Madras plague regulations in force outside the Presidency town - Volume 5
Disease focus: Plague
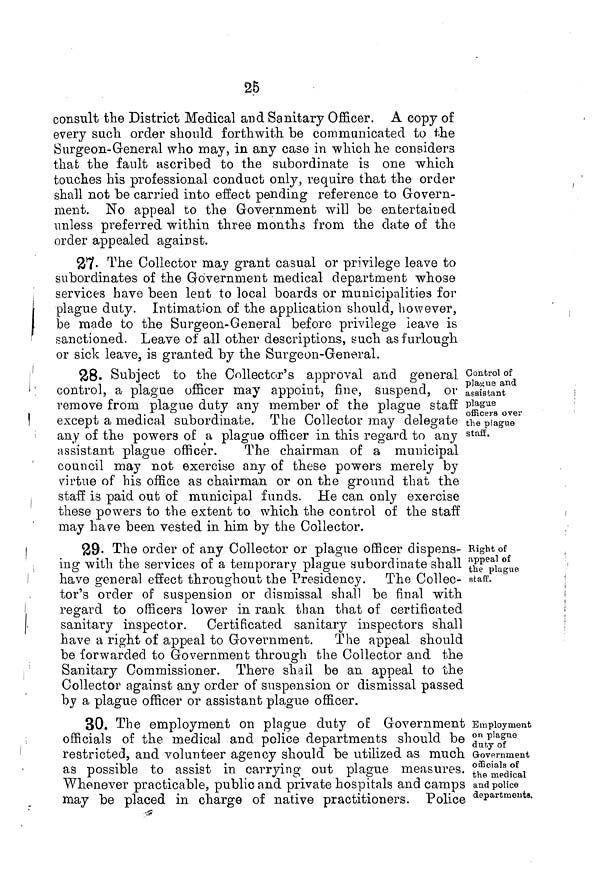
06
consult the District Medical and Sanitary Officer. A copy of
every such, order should forthwith, be communicated to the
Surgeon-General who may, in any case in which he considers
that the fault ascribed to the subordinate is one which
touches his professional conduct only, require that the order
shall not be carried into effect pending reference to Govern-
ment. No appeal to the Government will be entertained
unless preferred within three months from the date of the
order appealed against.
87- The Collector may grant casual or privilege leave to
subordinates of the Government medical department whose
services have been lent to local boards or municipalities for
plague duty. Intimation of the application should, however,
be made to the Surgeon-General before privilege leave is
sanctioned. Leave of all other descriptions, such as furlough
or sick leave, is granted by the Surgeon-General.
Control of
plague and
assistant
plague
officers over
the plague
staff.
28. Subject to the Collector's approval and general
control, a plague officer may appoint, fine, suspend, or
remove from plague duty any member of the plague staff
except a medical subordinate. The Collector may delegate
any of the powers of a plague officer in this regard to any
assistant plague officer.
The chairman of a municipal
council may not exercise any of these powers merely by
virtue of his office as chairman or on the ground that the
staff is paid out of municipal funds. He can only exercise
these powers to the extent to which the control of the staff
may have been vested in him by the Collector.
Right of
appeal of
the plague
staff'.
29- The order of any Collector or plague officer dispens-
ing with the services of a temporary plague subordinate shall
have general effect throughout the Presidency. The Collec-
tor's order of suspension or dismissal shall be final with
regard to officers lower in rank than that of certificated
sanitary inspector. Certificated sanitary inspectors shall
have a right of appeal to Government. The appeal should
be forwarded to Government through the Collector and the
Sanitary Commissioner. There aha il be an appeal to the
Collector against any order of suspension or dismissal passed
by a plague officer or assistant plague officer.
Employment
on plague
duty of
Government
officials of
the medical
and police
departments.
30. The employment on plague duty of Government
officials of the medical and police departments should be
restricted, and volunteer agency should be utilized as much
as possible to assist in carrying out plague measures.
Whenever practicable, public and private hospitals and camps
may be placed in charge of native practitioners. Police
'5?